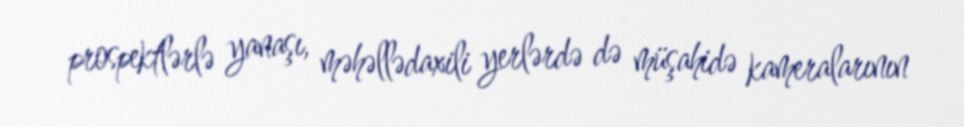
prospektlərlə yanaşı, məhəllədaxili yerlərdə də müşahidə kameralarının